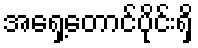
အရှေ့တောင်ပိုင်းရှိ